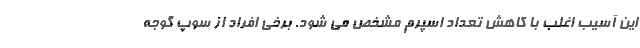
این آسیب اغلب با کاهش تعداد اسپرم مشخص می شود. برخی افراد از سوپ گوجه